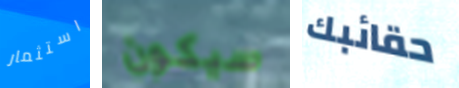
استثمار سيكون حقائبك